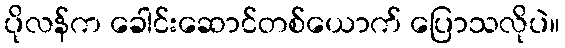
ပိုလန်က ခေါင်းဆောင်တစ်ယောက် ပြောသလိုပဲ။